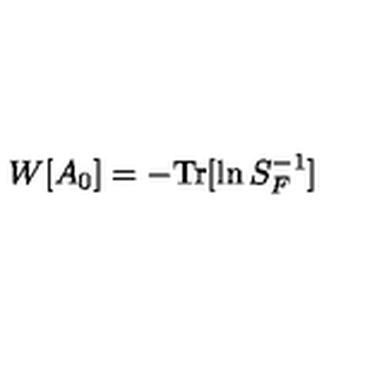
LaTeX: W [ A _ { 0 } ] = - \mathrm { T r } [ \ln S _ { F } ^ { - 1 } ]